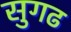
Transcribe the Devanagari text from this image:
सुगढ